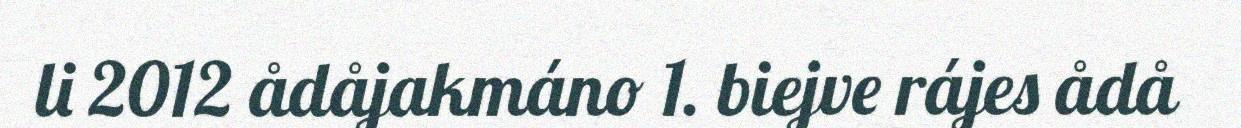
li 2012 ådåjakmáno 1. biejve rájes ådå